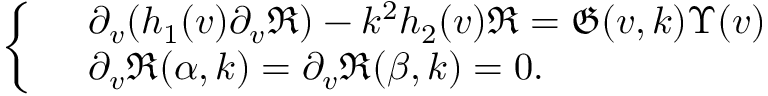
\begin{array} { r } { \left\{ \begin{array} { r l } & { \partial _ { v } ( h _ { 1 } ( v ) \partial _ { v } \mathfrak { R } ) - k ^ { 2 } h _ { 2 } ( v ) \mathfrak { R } = \mathfrak { G } ( v , k ) \Upsilon ( v ) } \\ & { \partial _ { v } \mathfrak { R } ( \alpha , k ) = \partial _ { v } \mathfrak { R } ( \beta , k ) = 0 . } \end{array} \right. } \end{array}